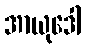
အာယုဒေါ